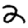
Digit: 2